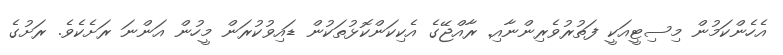
އެހެންކަމުން މިސިޓީއަކީ ފަތުރުވެރިންނާއި